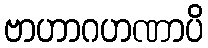
ဗာဟာဂဟဏာပိ